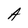
Character: A